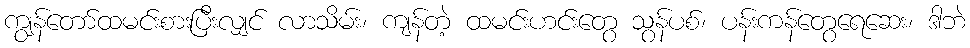
ကျွန်တော်ထမင်းစားပြီးလျှင် လာသိမ်း၊ ကျန်တဲ့ ထမင်းဟင်းတွေ သွန်ပစ်၊ ပန်းကန်တွေရေဆေး၊ ဒါဘဲ